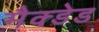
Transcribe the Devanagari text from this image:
मैक्डेड